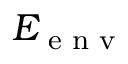
E _ { \textrm { e n v } }